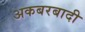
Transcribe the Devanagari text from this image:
अकबरबादी